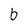
Character: b